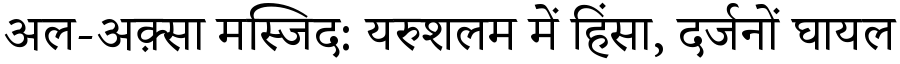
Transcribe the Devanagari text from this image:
अल-अक़्सा मस्जिद: यरुशलम में हिंसा, दर्जनों घायल